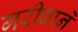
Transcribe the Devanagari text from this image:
गरीबानें